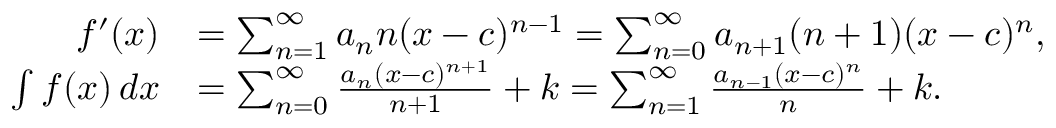
{ \begin{array} { r l } { f ^ { \prime } ( x ) } & { = \sum _ { n = 1 } ^ { \infty } a _ { n } n ( x - c ) ^ { n - 1 } = \sum _ { n = 0 } ^ { \infty } a _ { n + 1 } ( n + 1 ) ( x - c ) ^ { n } , } \\ { \int f ( x ) \, d x } & { = \sum _ { n = 0 } ^ { \infty } { \frac { a _ { n } ( x - c ) ^ { n + 1 } } { n + 1 } } + k = \sum _ { n = 1 } ^ { \infty } { \frac { a _ { n - 1 } ( x - c ) ^ { n } } { n } } + k . } \end{array} }